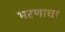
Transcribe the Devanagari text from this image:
भरणाचा